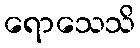
ရောသေသိ